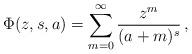
LaTeX: \begin{align*}\Phi(z,s,a) = \sum_{m=0}^\infty\frac{z^m}{(a+m)^s}\,, \end{align*}